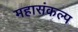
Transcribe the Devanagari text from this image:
महासंकल्प